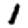
Digit: 1